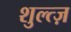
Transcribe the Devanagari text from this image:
शुल्त्ज़